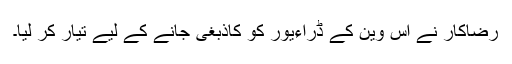
رضاکار نے اس وین کے ڈراءیور کو کاذبغی جانے کے لیے تیار کر لیا۔